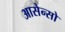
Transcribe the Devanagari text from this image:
आसेन्सो